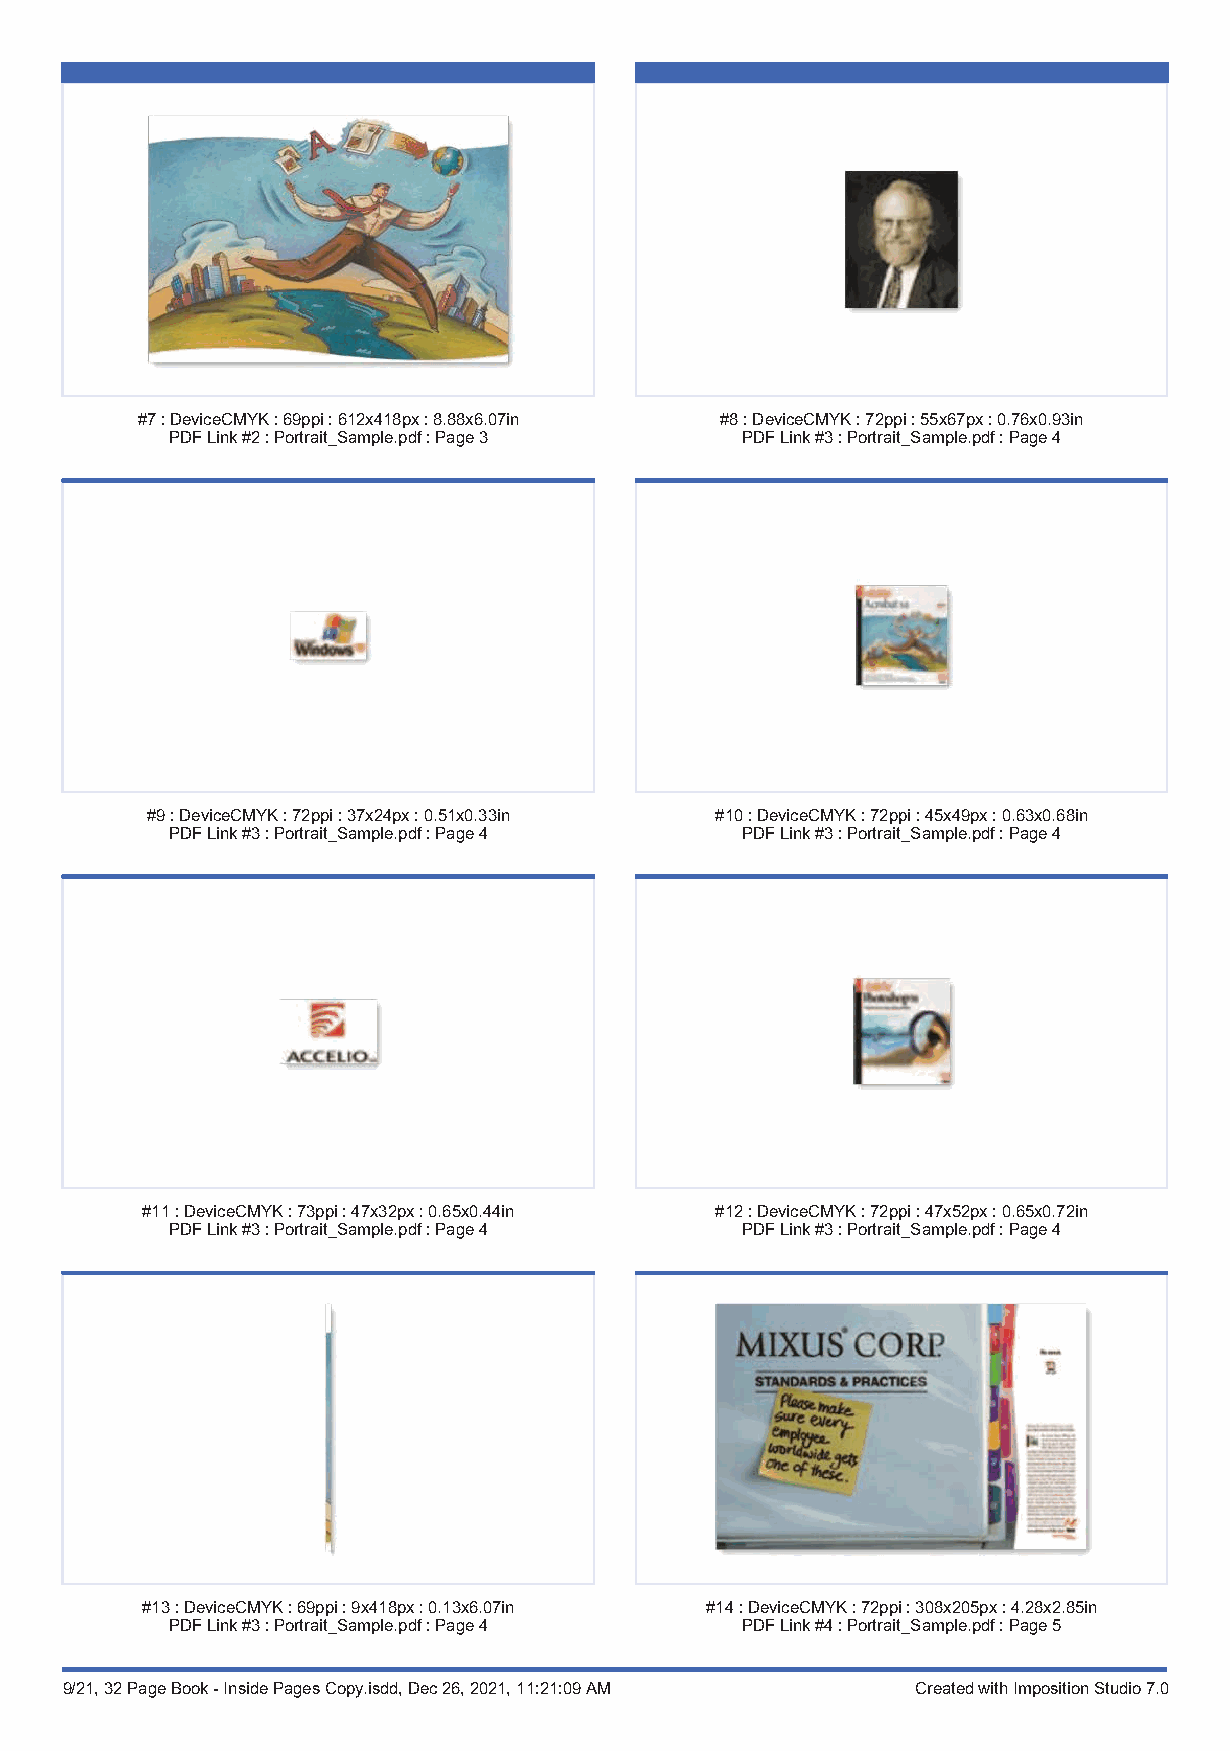
#7:DeviceCMYK:69ppi:612x418px:8.88x6.07in #8:DeviceCMYK:72ppi:55x67px:0.76x0.93in
 PDFLink#2:Portrait_Sample.pdf:Page3   PDFLink#3:Portrait_Sample.pdf:Page4
 #9:DeviceCMYK:72ppi:37x24px:0.51x0.33in #10:DeviceCMYK:72ppi:45x49px:0.63x0.68in
 PDFLink#3:Portrait_Sample.pdf:Page4   PDFLink#3:Portrait_Sample.pdf:Page4
 #11:DeviceCMYK:73ppi:47x32px:0.65x0.44in #12:DeviceCMYK:72ppi:47x52px:0.65x0.72in
 PDFLink#3:Portrait_Sample.pdf:Page4   PDFLink#3:Portrait_Sample.pdf:Page4
 #13:DeviceCMYK:69ppi:9x418px:0.13x6.07in #14:DeviceCMYK:72ppi:308x205px:4.28x2.85in
 PDFLink#3:Portrait_Sample.pdf:Page4   PDFLink#4:Portrait_Sample.pdf:Page5
 9/21, 32 Page Book - Inside Pages Copy.isdd, Dec 26, 2021, 11:21:09 AM Created with Imposition Studio 7.0